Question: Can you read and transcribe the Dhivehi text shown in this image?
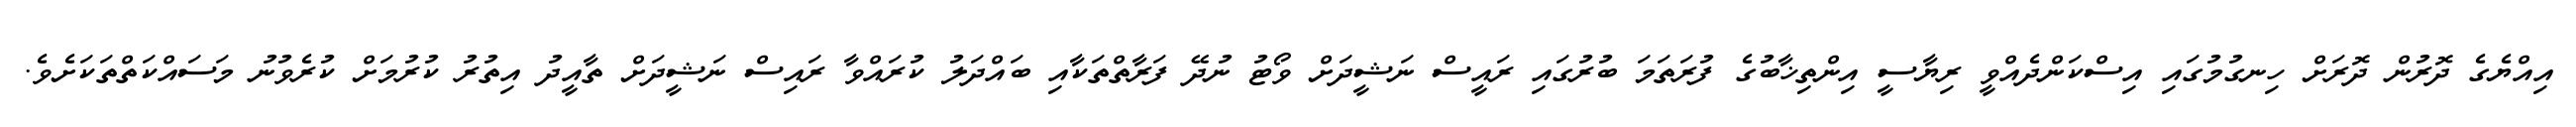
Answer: އިއްޔެގެ ދޮރުން ދޮރަށް ހިނގުމުގައި އިސްކަންދެއްވީ ރިޔާސީ އިންތިޚާބުގެ ފުރަތަމަ ބުރުގައި ރައީސް ނަޝީދަށް ވޯޓު ނުދޭ ފަރާތްތަކާއި ބައްދަލު ކުރައްވާ ރައިސް ނަޝީދަށް ތާއީދު އިތުރު ކުރުމަށް ކުރެވުނު މަސައްކަތްތަކަށެވެ.